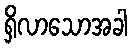
ရှိလာသောအခါ